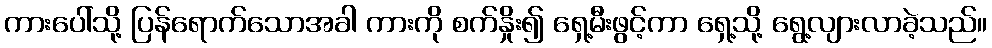
ကားပေါ်သို့ ပြန်ရောက်သောအခါ ကားကို စက်နှိုး၍ ရှေ့မီးဖွင့်ကာ ရှေ့သို့ ရွေ့လျားလာခဲ့သည်။